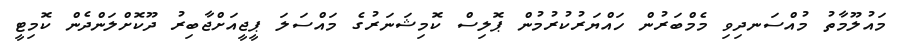
މައުލޫމާތު މުއްސަނދިވި މެމްބަރުން ހައްޔަރުކުރުމުން ޕޮލިސް ކޮމިޝަނަރުގެ މައްސަލަ ޕީޖީއަށްޖާބިރު ދޫކޮށްލަންދެން ކޮމިޓީ